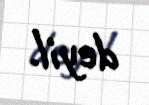
deyil.